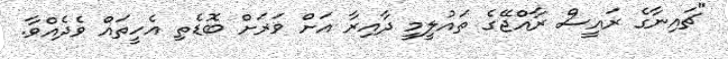
"ޗައިނާގެ ރައީސް ރާއްޖޭގެ ތައުލީމީ ދާއިރާ އަށް ވަރަށް ބޮޑެތި އެހީތައް ވެދެއްވާ.